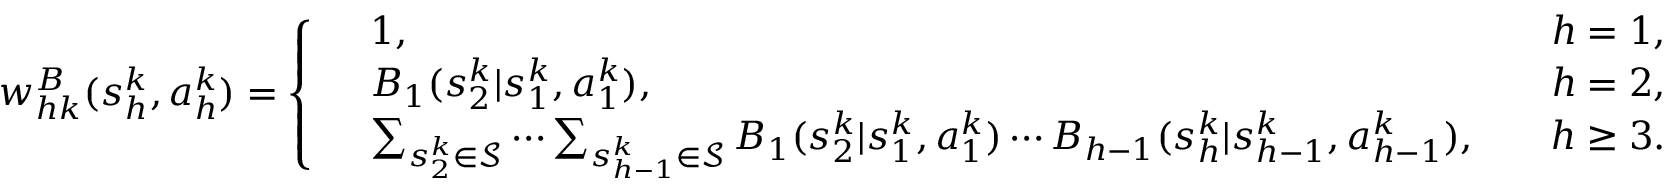
w _ { h k } ^ { B } ( s _ { h } ^ { k } , a _ { h } ^ { k } ) = \left\{ \begin{array} { r l r } & { 1 , \quad } & { h = 1 , } \\ & { B _ { 1 } ( s _ { 2 } ^ { k } \vert s _ { 1 } ^ { k } , a _ { 1 } ^ { k } ) , \quad } & { h = 2 , } \\ & { \sum _ { s _ { 2 } ^ { k } \in \mathcal { S } } \cdots \sum _ { s _ { h - 1 } ^ { k } \in \mathcal { S } } B _ { 1 } ( s _ { 2 } ^ { k } \vert s _ { 1 } ^ { k } , a _ { 1 } ^ { k } ) \cdots B _ { h - 1 } ( s _ { h } ^ { k } \vert s _ { h - 1 } ^ { k } , a _ { h - 1 } ^ { k } ) , \quad } & { h \geq 3 . } \end{array} \right.